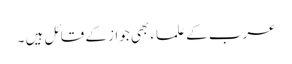
عرب کے علماء بھی جواز کے قائل ہیں ۔